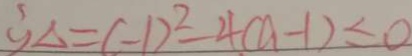
\therefore \Delta = ( - 1 ) ^ { 2 } - 4 ( a - 1 ) \leq 0